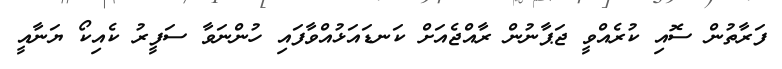
ފަރާތުން ސޮއި ކުރެއްވީ ޖަޕާނުން ރާއްޖެއަށް ކަނޑައަޅުއްވާފައި ހުންނަވާ ސަފީރު ކެއިކޯ ޔަނާއީ